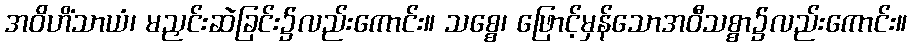
အဝိဟိံသာယံ၊ မညှင်းဆဲခြင်း၌လည်းကောင်း။ သစ္စေ၊ ဖြောင့်မှန်သောအဝီသစ္စာ၌လည်းကောင်း။